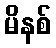
မိနစ်